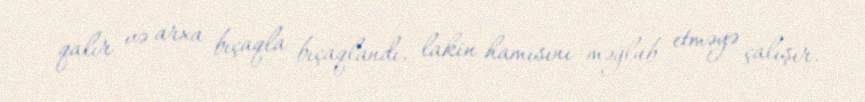
qalır və arxa bıçaqla bıçaqlandı, lakin hamısını məğlub etməyə çalışır.